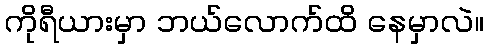
ကိုရီယားမှာ ဘယ်လောက်ထိ နေမှာလဲ။